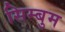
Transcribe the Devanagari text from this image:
सिम्बुम